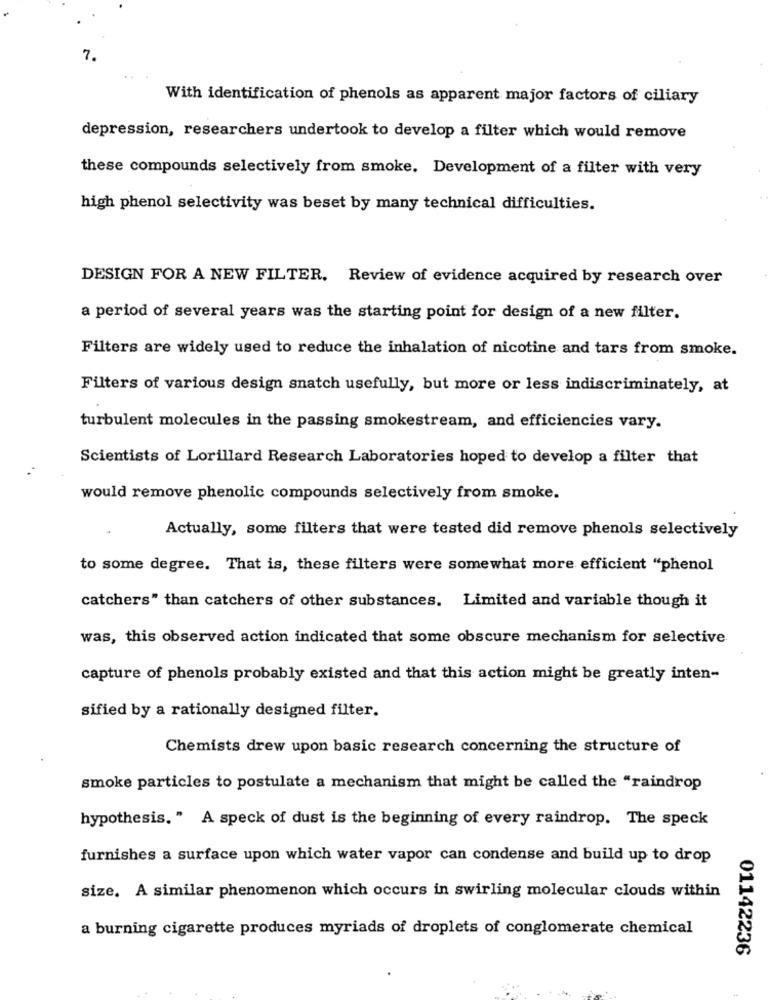
7.
With identification of phenols as apparent major factors of ciliary
depression, researchers undertook to develop a filter which would remove
these compounds selectively from smoke. Development of a filter with very
high phenol selectivity was beset by many technical difficulties.
DESIGN FOR A NEW FILTER. Review of evidence acquired by research over
a period of several years was the starting point for design of a new filter.
Filters are widely used to reduce the inhalation of nicotine and tars from smoke.
Filters of various design snatch usefully, but more or less indiscriminately, at
turbulent molecules in the passing smokestream, and efficiencies vary.
Scientists of Lorillard Research Laboratories hoped to develop a filter that
would remove phenolic compounds selectively from smoke.
Actually, some filters that were tested did remove phenols selectively
to some degree. That is, these filters were somewhat more efficient "phenol
catchers" than catchers of other substances. Limited and variable though it
was, this observed action indicated that some obscure mechanism for selective
capture of phenols probably existed and that this action might be greatly inten-
sified by a rationally designed filter.
Chemists drew upon basic research concerning the structure of
smoke particles to postulate a mechanism that might be called the "raindrop
hypothesis. " A speck of dust is the beginning of every raindrop. The speck
furnishes a surface upon which water vapor can condense and build up to drop
size. A similar phenomenon which occurs in swirling molecular clouds within
a burning cigarette produces myriads of droplets of conglomerate chemical
01142236